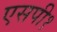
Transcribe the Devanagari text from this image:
एसपी१